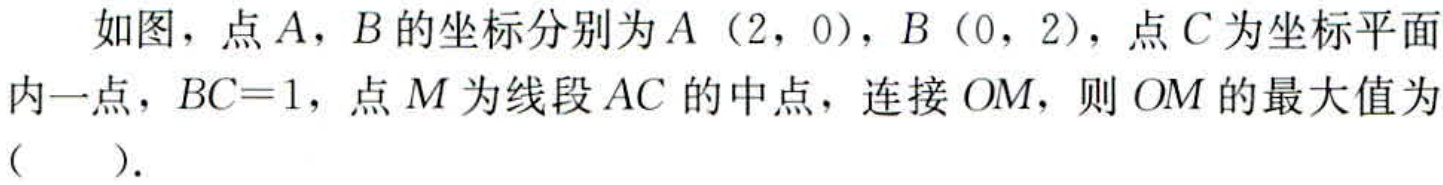
如图，点\(A\)，\(B\)的坐标分别为\(A(2,0)\)，\(B(0,2)\)，点\(C\)为坐标平面内一点，\(BC = 1\)，点\(M\)为线段\(AC\)的中点，连接\(OM\)，则\(OM\)的最大值为（  ）.